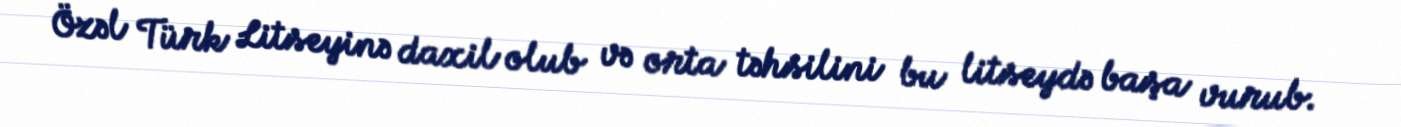
Özəl Türk Litseyinə daxil olub və orta təhsilini bu litseydə başa vurub.